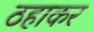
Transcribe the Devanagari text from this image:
ठहाकर